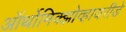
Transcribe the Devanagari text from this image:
ऑर्थोमिक्झोव्हायरीडे